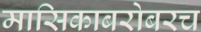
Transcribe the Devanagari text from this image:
मासिकाबरोबरच